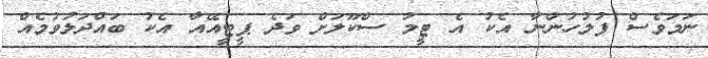
ނަމަވެސް ފުލުހުންނާ އެކު އެ ޓީމު ސްކޫލަށް ވަދެ ޕީޓީއޭއާ އެކު ބައްދަލުވުމެއް